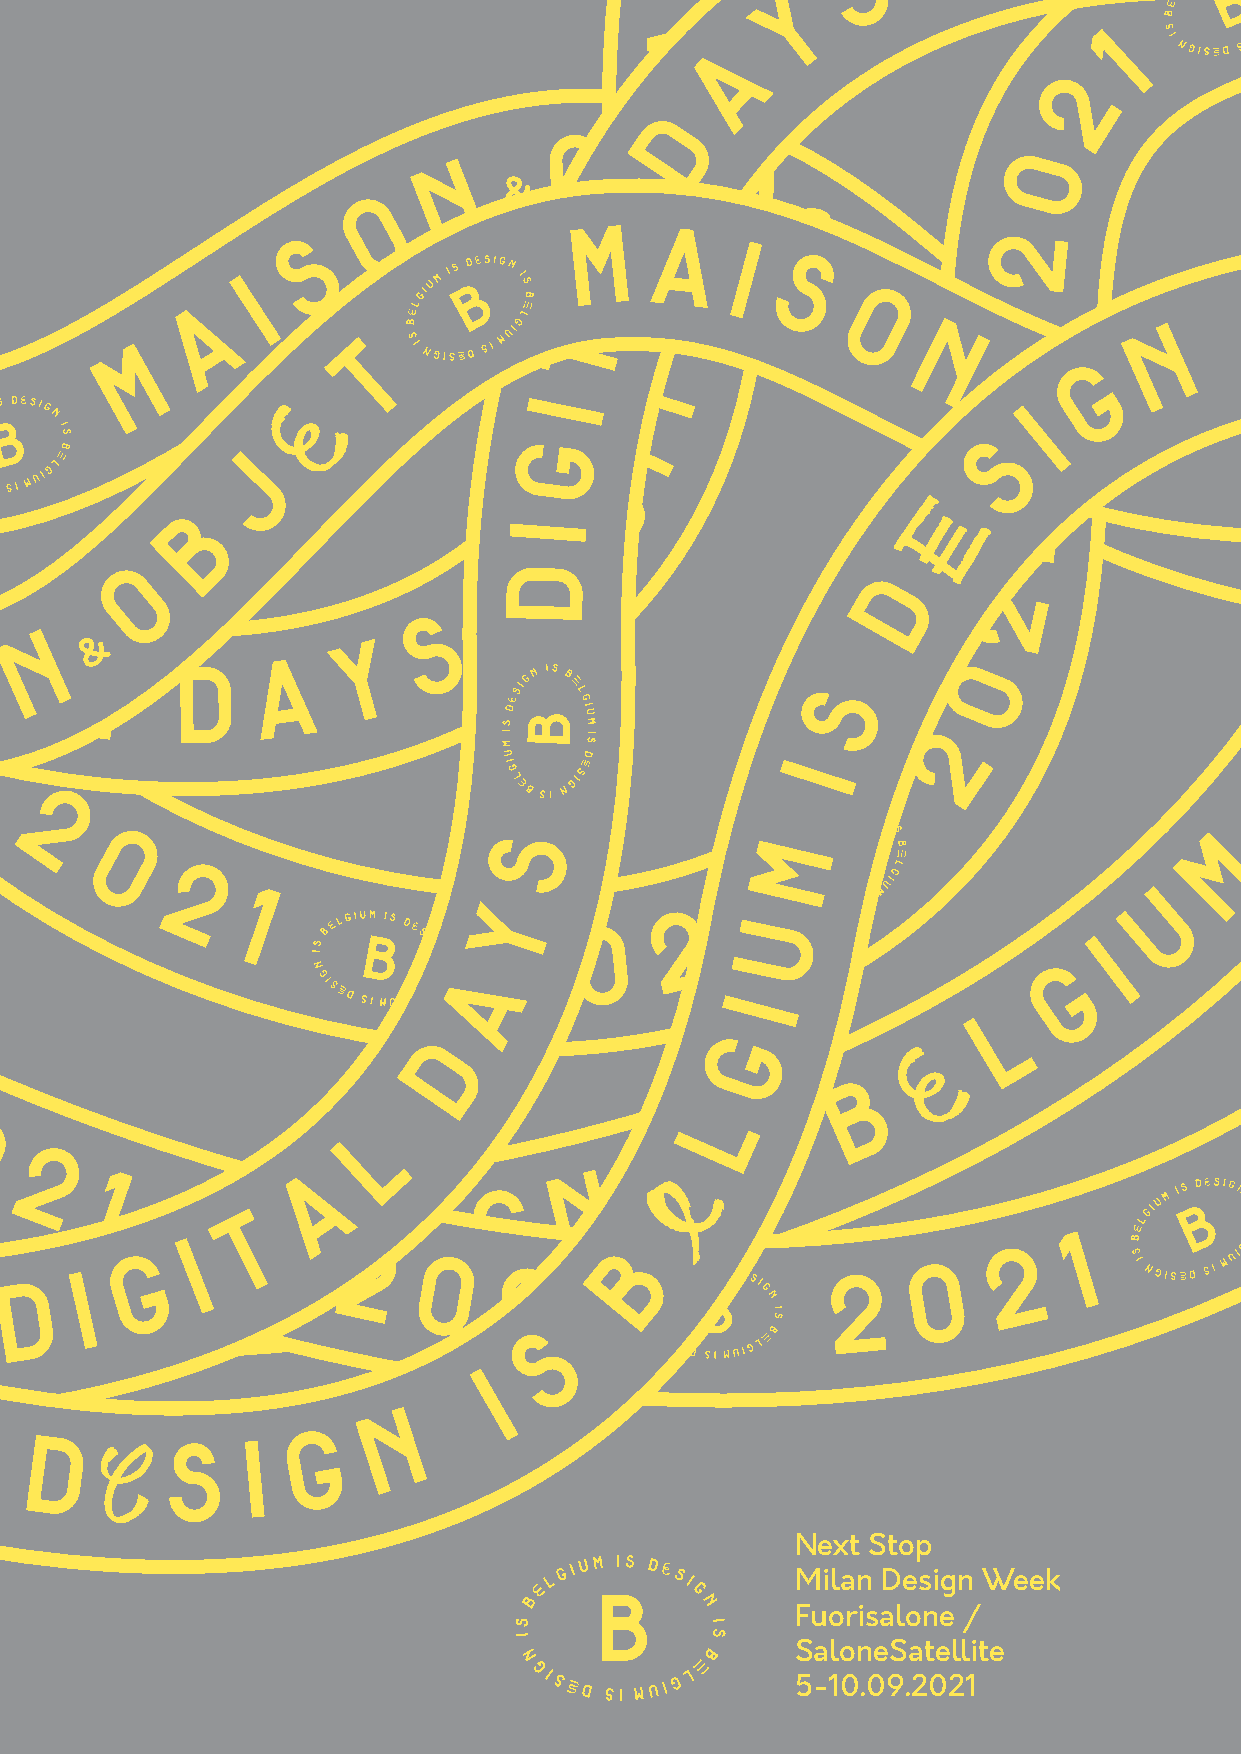
S
 Y
 S
 Y
 A
 1
 A
 2
 DD
 O
 N          B                           0
 L
 O                   J
 L
 S                M AAE                       2
 I
 I                                S
 A          T                               S
 A                                                                     I
 T
 T                O                      N
 M
 N             G
 T
 E
 I
 I
 GI                              SM
 J
 G                                A
 E
 B
 II
 1
 D
 D I      O                       D                        D
 2
 G                          S
 I N
 T                     Y
 A               A                                              0
 L       D
 S
 S
 2
 I
 I
 2
 S                                              M
 M
 0
 2                                                                   U
 1                 Y                1
 2
 U
 0
 2                                         I
 G
 A
 I
 L
 D                  G             E
 B
 2                                             L
 L                       S
 0
 I
 2                   A               N       E
 1
 G
 T      S    I
 E
 G
 I
 D
 2
 B                       2
 1
 D    I                    0    21                     2     0
 S
 I
 N
 G
 DES            I
 Next Stop
 Milan Design Week
 Fuorisalone /
 SaloneSatellite
 5-10.09.2021